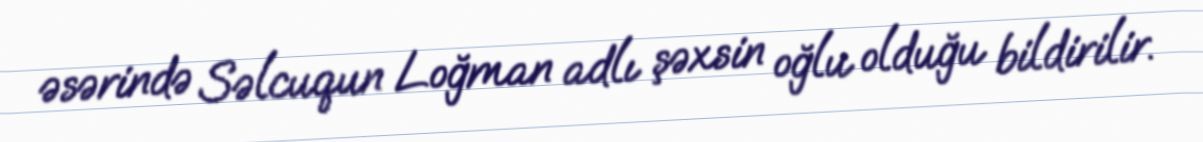
əsərində Səlcuqun Loğman adlı şəxsin oğlu olduğu bildirilir.